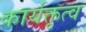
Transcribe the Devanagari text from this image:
कार्यक्तृत्व